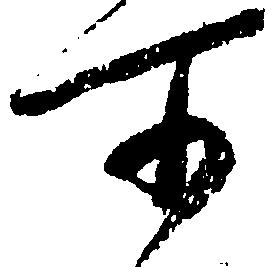
所